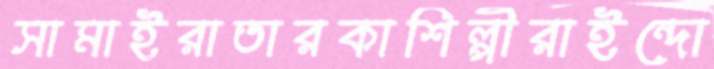
সামাইরাতারকাশিল্পীরাইন্দো